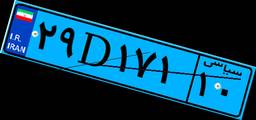
۲۹D۱۷۱۱۰